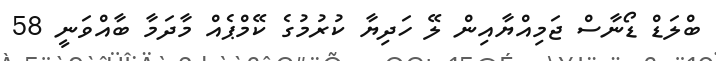
ބްލަޑް ޑޯނާސް ޖަމިއްޔާއިން ލޭ ހަދިޔާ ކުރުމުގެ ކޭމްޕެއް މާދަމާ ބާއްވަނީ 58